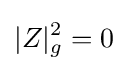
|Z|_{g}^{2}=0